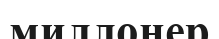
миллонер